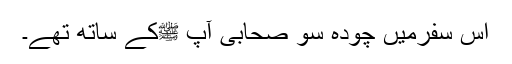
اس سفرمیں چودہ سو صحابی آپ ﷺکے ساتھ تھے۔